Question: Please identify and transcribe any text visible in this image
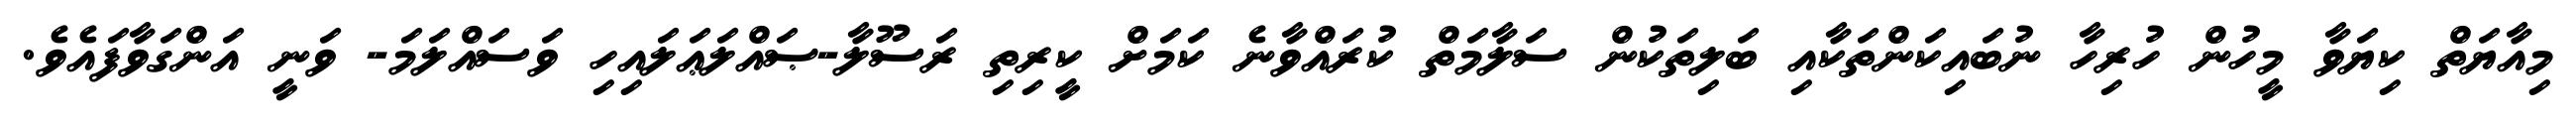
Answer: މިއާޔަތް ކިޔަވާ މީހުން ހުރިހާ ނުބައިކަންތަކާއި ބަލިތަކުން ސަލާމަތް ކުރައްވާނެ ކަމަށް ކީރިތި ރަސޫލާ-ޞައްލަޢަލައިހި ވަސައްލަމަ- ވަނީ އަންގަވާފައެވެ.